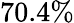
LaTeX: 70.4\%